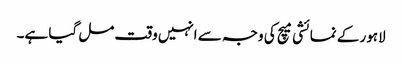
لاہور کے نمائشی میچ کی وجہ سے انہیں وقت مل گیا ہے۔